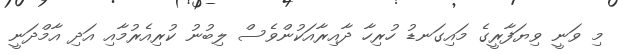
މި ވަނީ ވިޔަފާރީގެ މައިގަނޑު ހުރިހާ ދާއިރާއަކުންވެސް ލިބުނު ކުރިއެރުމާއި އަދި އާމްދަނީ